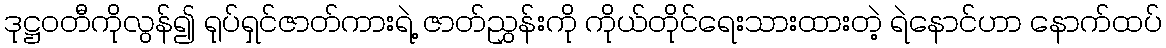
ဒုဋ္ဌဝတီကိုလွန်၍ ရုပ်ရှင်ဇာတ်ကားရဲ့ ဇာတ်ညွှန်းကို ကိုယ်တိုင်ရေးသားထားတဲ့ ရဲနောင်ဟာ နောက်ထပ်